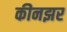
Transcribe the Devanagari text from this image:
कीनझर